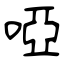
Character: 啞